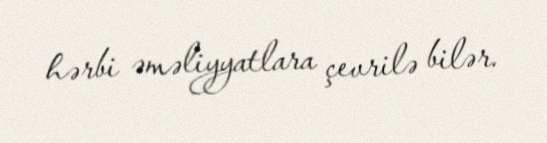
hərbi əməliyyatlara çevrilə bilər.